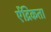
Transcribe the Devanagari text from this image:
ऐंद्रिकता